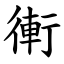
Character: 䡓